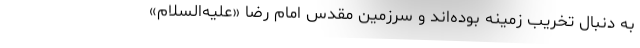
به دنبال تخریب زمینه بوده‌اند و سرزمین مقدس امام رضا «علیه‌السلام»